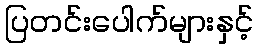
ပြတင်းပေါက်များနှင့်